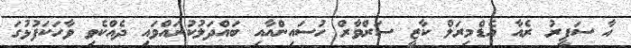
އާ ސަފީރު ރެއާ އެޑްމިރަލް ކާޒީ ސަރްވާރް ހުސައިންއާއި ބައްދަލުކުރައްވައި ދެއްކެވި ވާހަކަފުޅުގަ